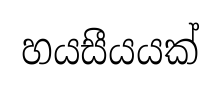
හයසීයයක්